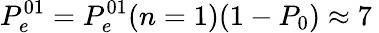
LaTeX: P_{e}^{01}=P_{e}^{01}(n=1)(1-P_{0})\approx 7\